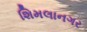
શિમલાનગર